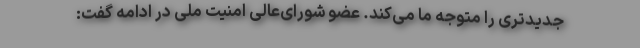
جدیدتری را متوجه ما می‌کند. عضو شورای‌عالی امنیت ملّی در ادامه گفت: